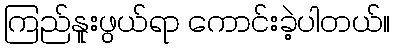
ကြည်နူးဖွယ်ရာ ကောင်းခဲ့ပါတယ်။